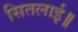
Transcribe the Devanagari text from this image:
सितलाई॥